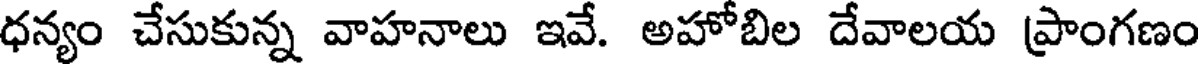
ధన్యం చేసుకున్న వాహనాలు ఇవే. అహోబిల దేవాలయ ప్రాంగణం